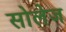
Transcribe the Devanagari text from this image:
सोलेज